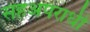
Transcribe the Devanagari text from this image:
सहअपराधी